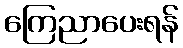
ကြေညာပေးရန်